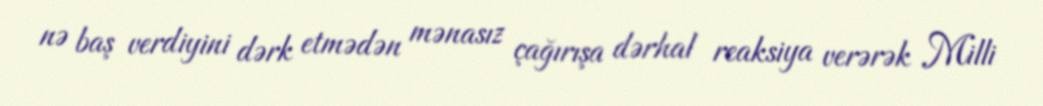
nə baş verdiyini dərk etmədən mənasız çağırışa dərhal reaksiya verərək Milli